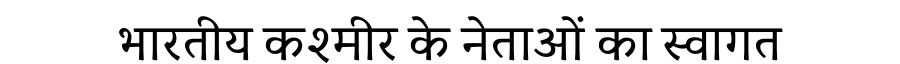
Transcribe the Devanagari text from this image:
भारतीय कश्मीर के नेताओं का स्वागत